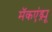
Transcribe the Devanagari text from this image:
मॅकएंड्र्यू